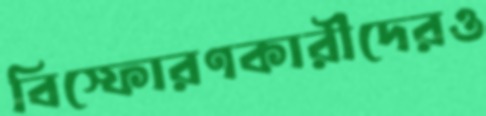
বিস্ফোরণকারীদেরও